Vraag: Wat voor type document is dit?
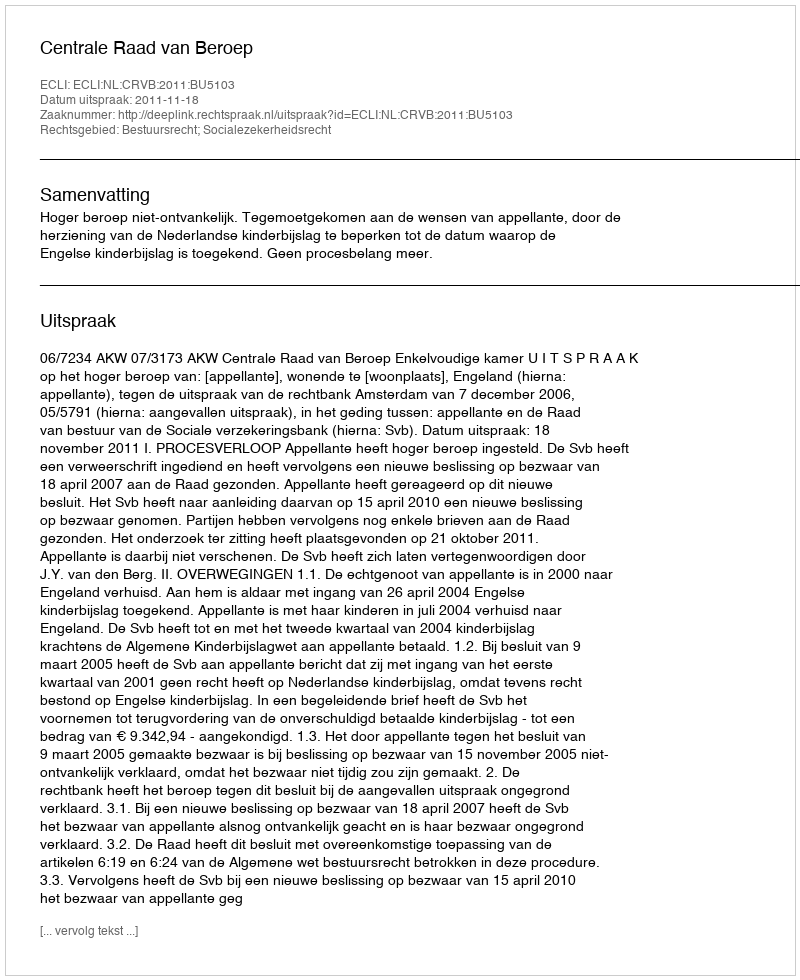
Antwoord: Uitspraak